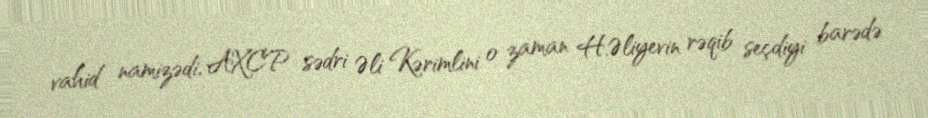
vahid namizədi, AXCP sədri Əli Kərimlini o zaman H.Əliyevin rəqib seçdiyi barədə